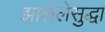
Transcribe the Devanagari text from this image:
झालेलेसुद्धा